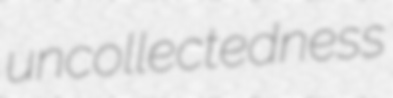
uncollectedness